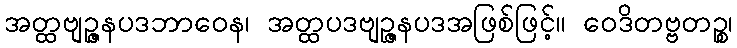
အတ္ထဗျဉ္ဇနပဒဘာဝေန၊ အတ္ထပဒဗျဉ္ဇနပဒအဖြစ်ဖြင့်။ ဝေဒိတဗ္ဗတဉ္စ၊